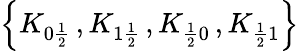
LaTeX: \left\{ K_{0\frac{1}{2}}\, ,K_{1\frac{1}{2}}\, ,K_{\frac{1}{2}0}\, ,K_{\frac{1}{2}1}\right\}